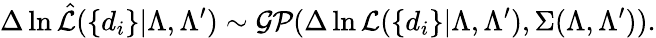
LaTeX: \Delta\ln\hat{\cal L}(\{ d_{i}\} |\Lambda,\Lambda^{\prime})\sim{\cal GP}(\Delta\ln{\cal L}(\{ d_{i}\} |\Lambda,\Lambda^{\prime}),\Sigma(\Lambda,\Lambda^{\prime})).